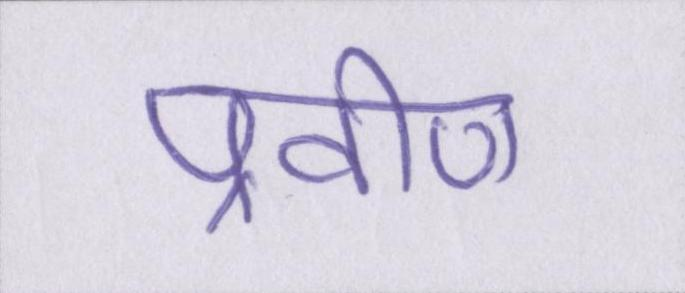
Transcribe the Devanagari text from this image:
प्रवीण